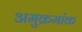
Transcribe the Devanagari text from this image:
अमुक्रमांक